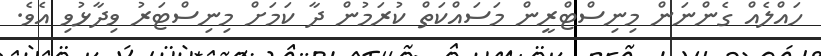
ހައްލެއް ގެންނަން މިނިސްޓްރީން މަސައްކަތް ކުރަމުން ދާ ކަމަށް މިނިސްޓަރު ވިދާޅުވި އެވެ.